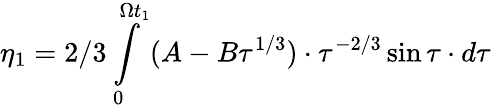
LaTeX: \eta_{1}=2/3\intop_{0}^{\Omega t_{1}}(A-B\tau^{1/3})\cdot\tau^{-2/3}\sin\tau\cdot d\tau